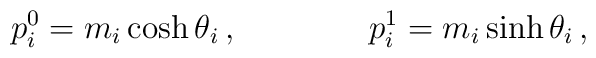
p_{i}^{0}=m_{i}\cosh\theta_{i}\,,\qquad\qquad p_{i}^{1}=m_{i}\sinh\theta_{i}\,,